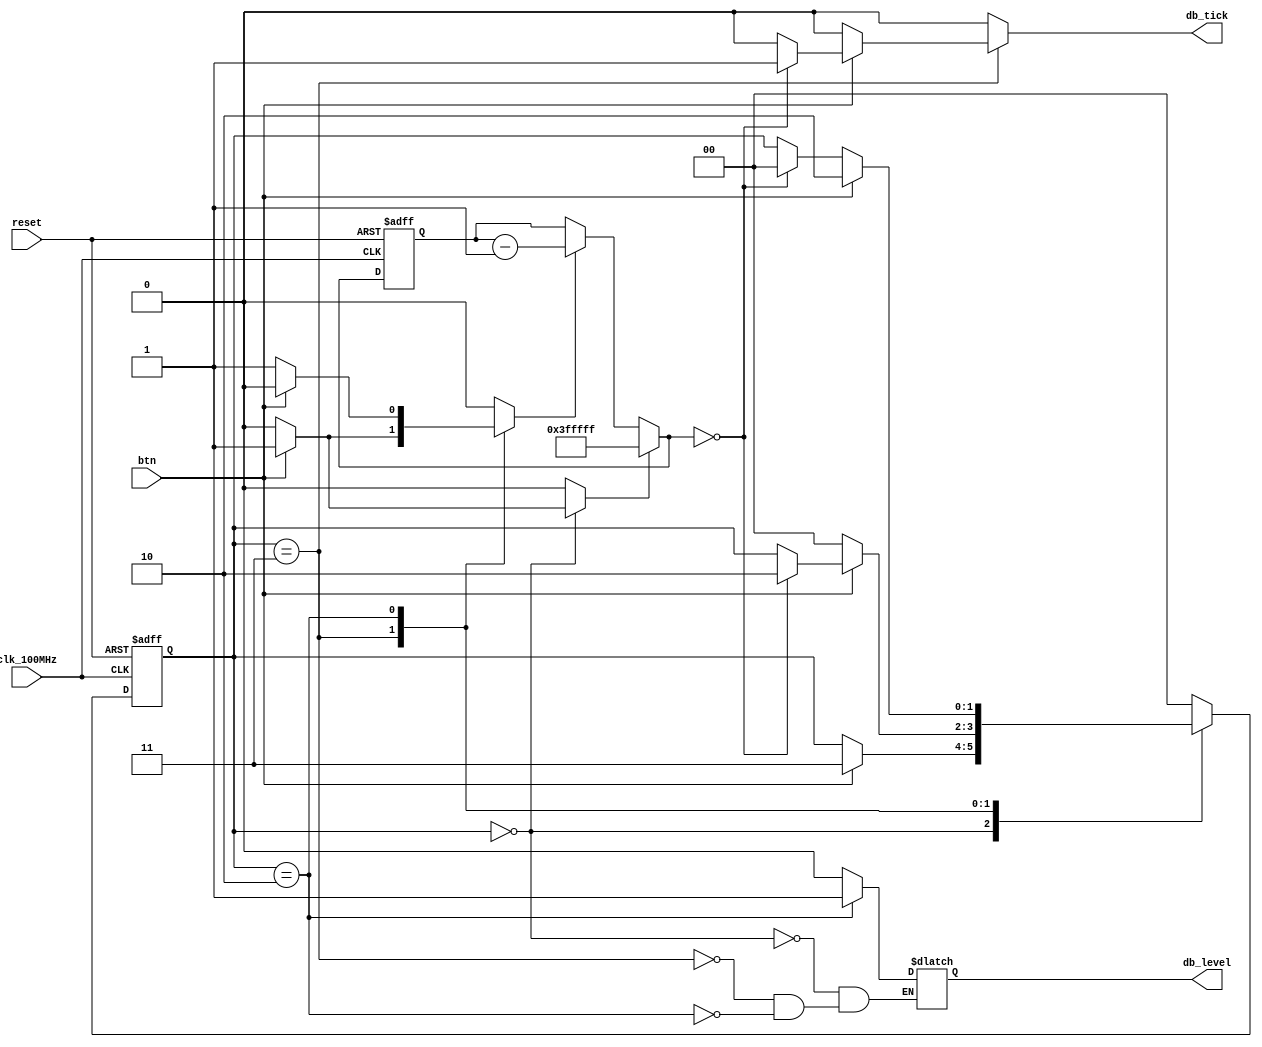
`timescale 1ns / 1ps

module debounce_explicit(
    input clk_100MHz,
    input reset,
    input btn,              // button input
    output reg db_level,    // for switches
    output reg db_tick      // for buttons
    );
    
    // state declarations
    parameter [1:0] zero  = 2'b00,
                    wait0 = 2'b01,
                    one   = 2'b10,
                    wait1 = 2'b11;
    
    // Artix-7 has a 100MHz clk with a period of 10ns    
    // number of counter bits (2^N * 10ns = ~40ms)
    parameter N = 22;
    
    // signal declaration
    reg [1:0] state_reg, next_state;
    reg [N-1:0] q_reg;
    wire [N-1:0] q_next;
    wire q_zero;
    reg q_load, q_dec;
    
    // body
    // FSMD state and data registers
    always @(posedge clk_100MHz or posedge reset) 
        if(reset) begin
            state_reg <= zero;
            q_reg <= 0;
        end
        else begin
            state_reg <= next_state;
            q_reg <= q_next;
        end
        
    // FSMD data path (counter) next state logic
    assign q_next = (q_load) ? {N{1'b1}} :      // load all 1s
                    (q_dec) ? q_reg - 1  :      // decrement
                     q_reg;                     // no change in q
    
    // status signal
    assign q_zero = (q_next == 0);
    
    // FSMD control path next state logic
    always @* begin
        next_state = state_reg;
        q_load = 1'b0;
        q_dec = 1'b0;
        db_tick = 1'b0;
        
        case(state_reg)
            zero    : begin
                        db_level = 1'b0;
                        if(btn) begin
                            next_state = wait1;
                            q_load = 1'b1;
                        end
            end
            
            wait1   : begin
                        db_level = 1'b0;
                        if(btn) begin
                            q_dec = 1'b1;
                            if(q_zero) begin
                                next_state = one;
                                db_tick = 1'b1;
                            end
                        end
                        else
                            next_state = zero;
            end
            
            one     : begin
                        db_level = 1'b1;
                        if(~btn) begin
                            q_dec = 1'b1;
                            if(q_zero)
                                next_state = zero;
                        end
                        else
                            next_state = one;
            end
            
            default : next_state = zero;
        endcase
    end
        
endmodule